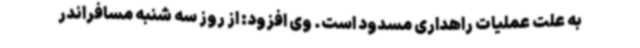
به علت عملیات راهداری مسدود است. وی افزود: از روز سه شنبه مسافراندر